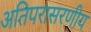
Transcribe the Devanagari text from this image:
अतिपरासरणीय